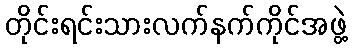
တိုင်းရင်းသားလက်နက်ကိုင်အဖွဲ့